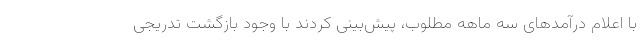
با اعلام درآمدهای سه ماهه مطلوب، پیش‌بینی کردند با وجود بازگشت تدریجی